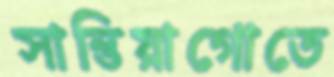
সান্তিয়াগোতে